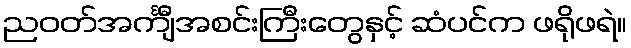
ညဝတ်အင်္ကျီအစင်းကြီးတွေနှင့် ဆံပင်က ဖရိုဖရဲ။